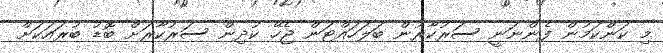
މި ކަންކަމުން ފެންނަނީ ސަރުކާރުން ބަލަހައްޓަން ޖެހޭ ކުދިން ސަރުކާރަށް ބޮޑު ބުރައަކަށް